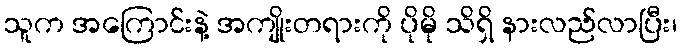
သူက အကြောင်းနဲ့ အကျိုးတရားကို ပိုမို သိရှိ နားလည်လာပြီး၊